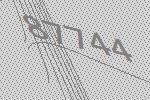
87744